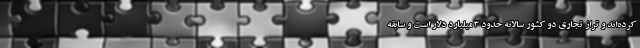
کرده‌اند و تراز تجاری دو کشور سالانه حدود 3 میلیارد دلار است و سابقه